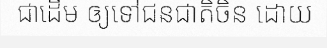
ជាដើម ឲ្យទៅជនជាតិចិន ដោយ